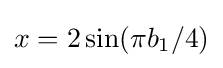
x=2\sin(\pi b_{1}/4)